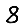
Digit: 8